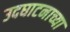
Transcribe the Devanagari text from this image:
उदघाटनाच्या